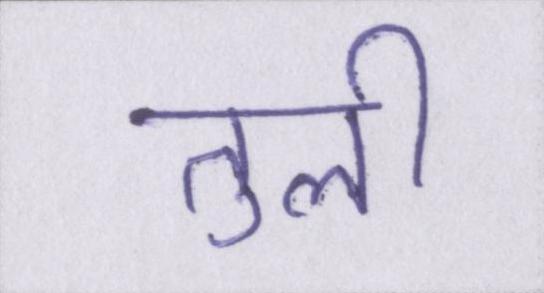
तुली